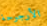
الأرجوحة